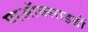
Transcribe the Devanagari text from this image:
परऑक्साइडों